On kala azar, malaria and malarial cachexia - Number 19
Disease focus: Malaria
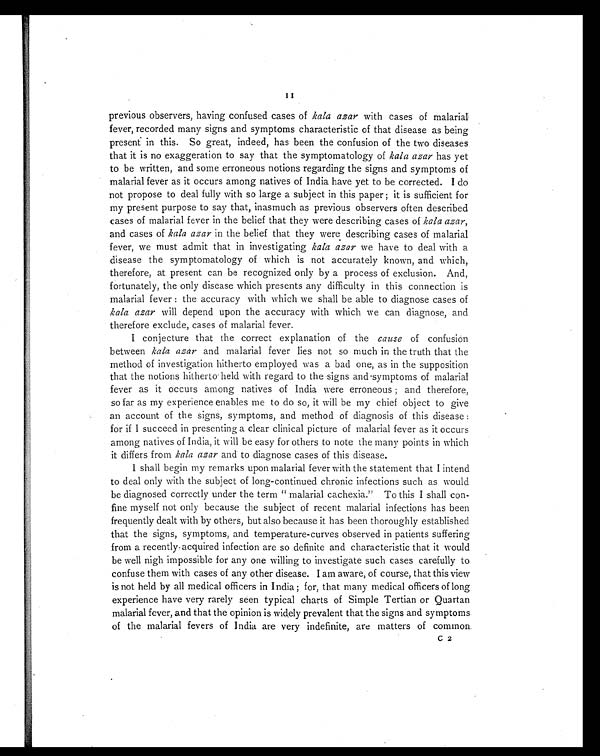
11
previous observers, having confused cases of kala azar with cases of malarial
fever, recorded many signs and symptoms characteristic of that disease as being
present in this. So great, indeed, has been the confusion of the two diseases
that it is no exaggeration to say that the symptomatology of kala azar has yet
to be written, and some erroneous notions regarding the signs and symptoms of
malarial fever as it occurs among natives of India have yet to be corrected. I do
not propose to deal fully with so large a subject in this paper ; it is sufficient for
my present purpose to say that, inasmuch as previous observers often described
cases of malarial fever in the belief that they were describing cases of kola azar,
and cases of kala azar in the belief that they were describing cases of malarial
fever, we must admit that in investigating kala azar we have to deal with a
disease the symptomatology of which is not accurately known, and which,
therefore, at present can be recognized only by a process of exclusion. And,
fortunately, the only disease which presents any difficulty in this connection is
malarial fever : the accuracy with which we shall be able to diagnose cases of
kala azar will depend upon the accuracy with which we can diagnose, and
therefore exclude, cases of malarial fever.
I conjecture that the correct explanation of the cause of confusion
between kala azar and malarial fever lies not so much in the truth that the
method of investigation hitherto employed was a bad one, as in the supposition
that the notions hitherto held with regard to the signs and symptoms of malarial
fever as it occurs among natives of India were erroneous ; and therefore,
so far as my experience enables me to do so, it will be my chief object to give
an account of the signs, symptoms, and method of diagnosis of this disease :
for if I succeed in presenting a clear clinical picture of malarial fever as it occurs
among natives of India, it will be easy for others to note the many points in which
it differs from kala azar and to diagnose cases of this disease.
I shall begin my remarks upon malarial fever with the statement that I intend
to deal only with the subject of long-continued chronic infections such as would
be diagnosed correctly under the term "malarial cachexia." To this I shall con-
fine myself not only because the subject of recent malarial infections has been
frequently dealt with by others, but also because it has been thoroughly established
that the signs, symptoms, and temperature-curves observed in patients suffering
from a recently-acquired infection are so definite and characteristic that it would
be well nigh impossible for any one willing to investigate such cases carefully to
confuse them with cases of any other disease. I am aware, of course, that this view
is not held by all medical officers in India ; for, that many medical officers of long
experience have very rarely seen typical charts of Simple Tertian or Quartan
malarial fever, and that the opinion is widely prevalent that the signs and symptoms
of the malarial fevers of India are very indefinite, are matters of common.
C 2